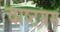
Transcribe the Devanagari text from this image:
चाष्टमम